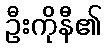
ဦးကိုနီ၏